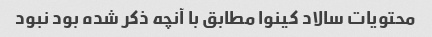
محتویات سالاد کینوا مطابق با آنچه ذکر شده بود نبود